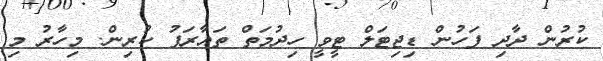
ކުރުން ދާދި ފަހުން ޑިޖިޓަލް ޓީވީ ހިދުމަތް ތައާރަފު ކުރިން. މިހާރު މި